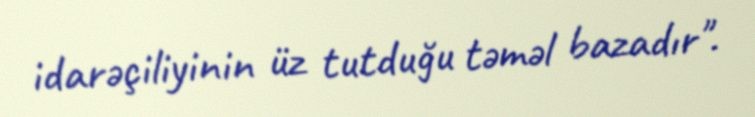
idarəçiliyinin üz tutduğu təməl bazadır".